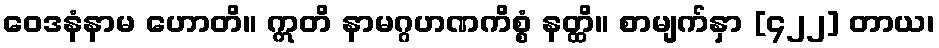
ဝေဒနံနာမ ဟောတိ။ ဣတိ နာမဂ္ဂဟဏကိစ္စံ နတ္ထိ။ စာမျက်နှာ [၄၂၂] တာယ၊